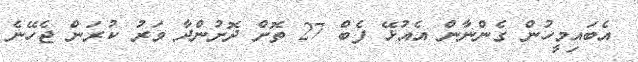
އެބައިމީހުން ގެންނާން އެއުޅޭ ފެބް 27 ތޮށް ދޮށުންދާ ވަރު ކުރަން ޖެހޭނެ